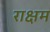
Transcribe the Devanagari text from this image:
राक्षम